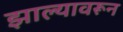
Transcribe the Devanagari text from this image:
झाल्यावरून